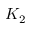
K _ { 2 }